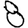
Digit: 8